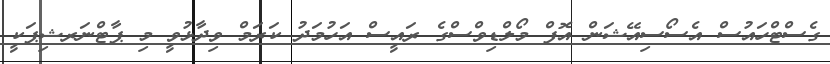
ގެސްޓްހައުސް އެސޯސިއޭޝަން އޮފް މޯލްޑިވްސްގެ ރައީސް އަހުމަދު ކަރަމް ވިދާޅުވީ މި ޕާޓްނަރޝިޕަކީ